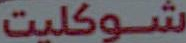
شوكليت